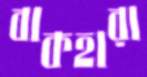
বাকহারা